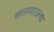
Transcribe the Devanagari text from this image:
चालण्यातल्या